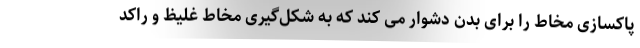
پاکسازی مخاط را برای بدن دشوار می کند که به شکل‌گیری مخاط غلیظ و راکد